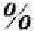
%